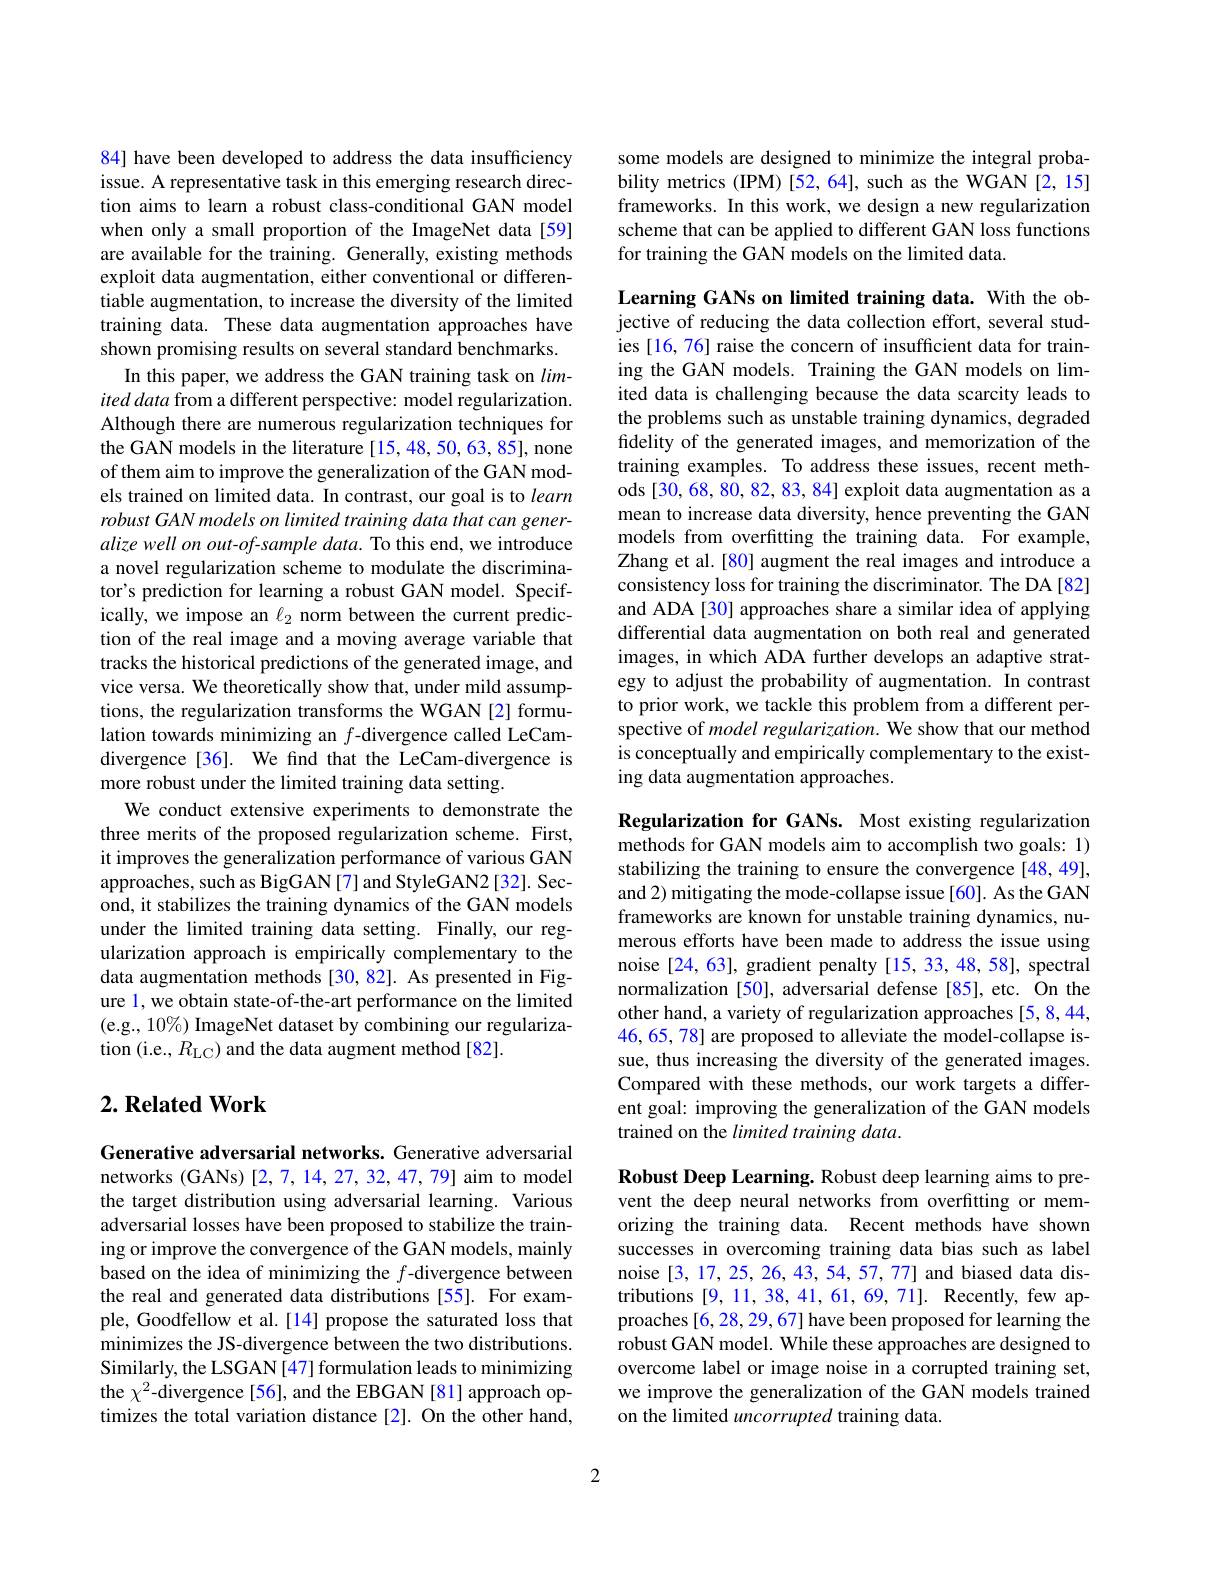
84] have been developed to address the data insufficiency issue. A representative task in this emerging research direction aims to learn a robust class-conditional GAN model when only a small proportion of the ImageNet data[59] are available for the training. Generally, existing methods exploit data augmentation, either conventional or differentiable augmentation, to increase the diversity of the limited training data. These data augmentation approaches have shown promising results on several standard benchmarks.
In this paper, we address the GAN training task on $lim-$ ited data from a different perspective: model regularization. Although there are numerous regularization techniques for the GAN models in the literature [15,48,50,63,85], none of them aim to improve the generalization of the GAN models trained on limited data. In contrast, our goal is to learn robust GAN models on limited training data that can generalize well on out-of-sample data. To this end, we introduce a novel regularization scheme to modulate the discriminator's prediction for learning a robust GAN model. Specifically, we impose an $\ell_2$ norm between the current prediction of the real image and a moving average variable that tracks the historical predictions of the generated image, and vice versa. We theoretically show that, under mild assumptions, the regularization transforms the WGAN[2] formulation towards minimizing an $f$-divergence called LeCamdivergence [36]. We find that the LeCam-divergence is more robust under the limited training data setting.
We conduct extensive experiments to demonstrate the three merits of the proposed regularization scheme. First, it improves the generalization performance of various GAN approaches, such as BigGAN[7] and StyleGAN2[32]. Second, it stabilizes the training dynamics of the GAN models under the limited training data setting. Finally, our regularization approach is empirically complementary to the data augmentation methods [30,82]. As presented in Figure 1, we obtain state-of-the-art performance on the limited (e.g., 10%) ImageNet dataset by combining our regularization (i.e., $R_{\mathrm{LC}})$ and the data augment method[82].

## $2. \textbf{Related Work}$

Generative adversarial networks. Generative adversarial networks (GANs) [2,7,14,27,32,47,79] aim to model the target distribution using adversarial learning. Various adversarial losses have been proposed to stabilize the training or improve the convergence of the GAN models, mainly based on the idea of minimizing the $f$-divergence between the real and generated data distributions [55]. For example, Goodfellow et al.[14] propose the saturated loss that minimizes the JS-divergence between the two distributions. Similarly, the LSGAN [47] formulation leads to minimizing the $\chi^{2}$-divergence[56], and the EBGAN[81] approach optimizes the total variation distance [2]. On the other hand,

some models are designed to minimize the integral probability metrics (IPM) [52,64], such as the WGAN [2,15] frameworks. In this work, we design a new regularization scheme that can be applied to different GAN loss functions for training the GAN models on the limited data.

Learning GANs on limited training data. With the objective of reducing the data collection effort, several studies [16, 76] raise the concern of insufficient data for training the GAN models. Training the GAN models on limited data is challenging because the data scarcity leads to the problems such as unstable training dynamics, degraded fidelity of the generated images, and memorization of the training examples. To address these issues, recent methods [30, 68, 80, 82, 83, 84] exploit data augmentation as a mean to increase data diversity, hence preventing the GAN models from overfitting the training data. For example, Zhang et al.[80] augment the real images and introduce a consistency loss for training the discriminator. The DA[82] and ADA [30] approaches share a similar idea of applying differential data augmentation on both real and generated images, in which ADA further develops an adaptive strategy to adjust the probability of augmentation. In contrast to prior work, we tackle this problem from a different perspective of model regularization. We show that our method is conceptually and empirically complementary to the existing data augmentation approaches.

Regularization for GANs. Most existing regularization methods for GAN models aim to accomplish two goals: 1) stabilizing the training to ensure the convergence [48,49], and 2) mitigating the mode-collapse issue [60]. As the GAN frameworks are known for unstable training dynamics, numerous efforts have been made to address the issue using noise [24, 63], gradient penalty [15, 33, 48, 58], spectral normalization [50], adversarial defense [85], etc. On the other hand, a variety of regularization approaches [5,8,44, 46,65,78] are proposed to alleviate the model-collapse issue, thus increasing the diversity of the generated images. Compared with these methods, our work targets a different goal: improving the generalization of the GAN models trained on the limited training data.

Robust Deep Learning. Robust deep learning aims to prevent the deep neural networks from overfitting or memorizing the training data. Recent methods have shown successes in overcoming training data bias such as label noise [3,17,25,26,43,54,57,77] and biased data distributions [9, 11, 38, 41, 61, 69, 71]. Recently, few approaches [6, 28, 29, 67] have been proposed for learning the robust GAN model. While these approaches are designed to overcome label or image noise in a corrupted training set, we improve the generalization of the GAN models trained on the limited uncorrupted training data.

2